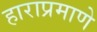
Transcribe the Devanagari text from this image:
हाराप्रमाणे